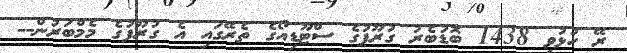
ރޭ ހުޅުވި 1438 ބޮޑުބެރު ގުރޫޕުގެ ސްޓޫޑިއޯގެ ތެރޭގައި އެ ގުރޫޕުގެ މެމްބަރުން--